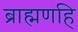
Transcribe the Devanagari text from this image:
ब्राह्मणहि